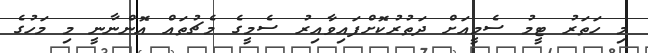
މި ހަތަރު ޓީމު ސެމީއަށް ދަތުރުކޮށްފައިވާއިރު ސެމީގެ މެޗުތައް އޮންނާނީ މި މަހުގެ